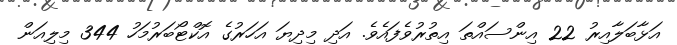
އަޅާބަލާއިރު 22 އިންސައްތަ އިތުރުވެފައެވެ. އަދި މިދިޔަ އަހަރުގެ އޮކްޓޯބަރުމަހު 344 މިލިއަން